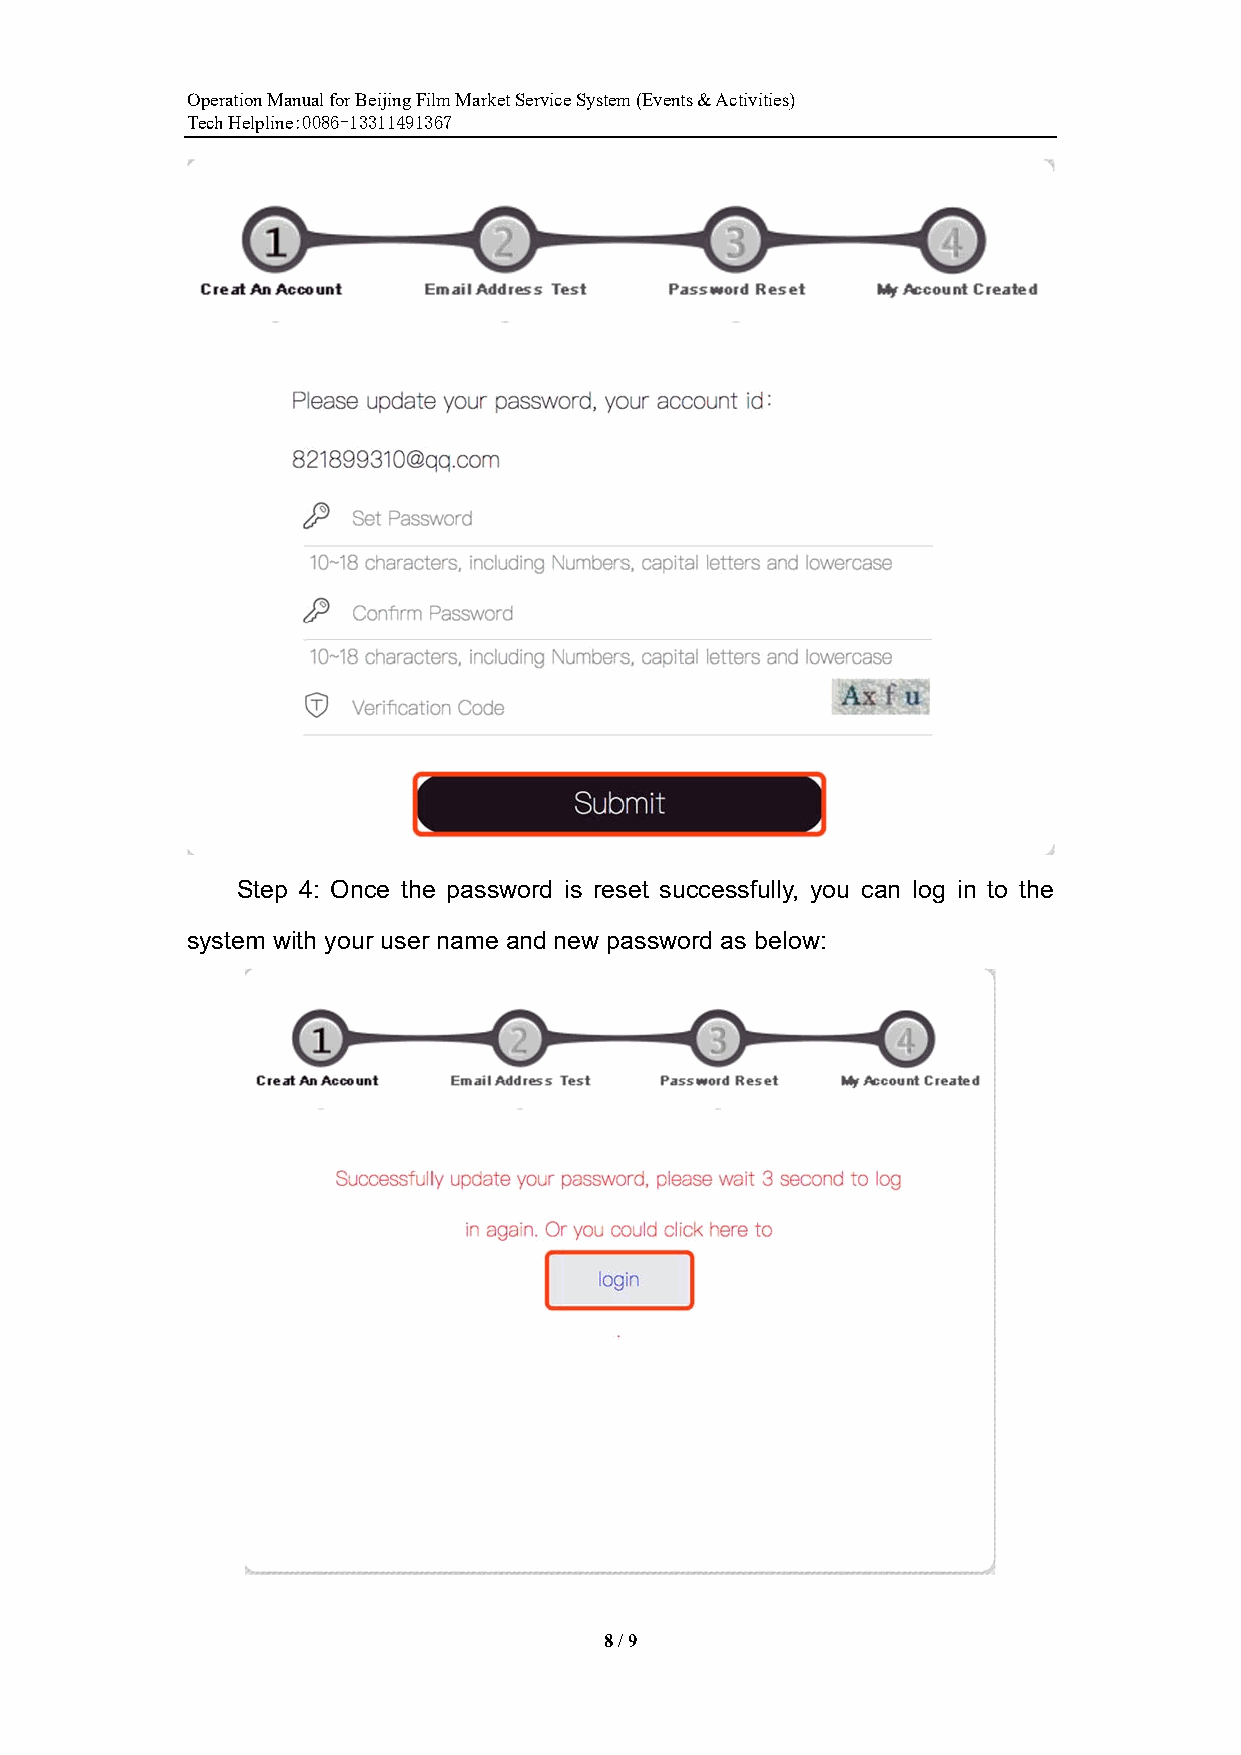
Operation Manual for Beijing Film Market Service System (Events & Activities)
 Tech Helpline:0086-13311491367
 Step 4: Once the password is reset successfully, you can log in to the
 system with your user name and new password as below:
 8 / 9